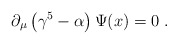
\begin{align*}\partial_\mu\left(\gamma^5-\alpha\right)\Psi (x)=0\;.\end{align*}